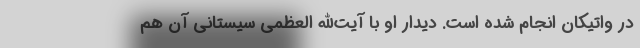
در واتیکان انجام شده است. دیدار او با آیت‌الله العظمی سیستانی آن هم